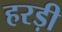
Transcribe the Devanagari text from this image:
हरड़ी